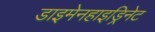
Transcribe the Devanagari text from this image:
डाइमेनहाइड्रिनेट